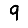
Digit: 9